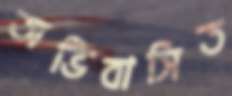
অভিবাসিত